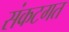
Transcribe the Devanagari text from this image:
संकटगत